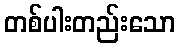
တစ်ပါးတည်းသော